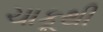
ચાકૂથી